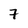
Character: 7